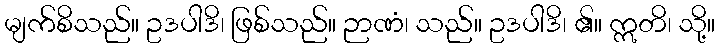
မျက်စိသည်။ ဥဒပါဒိ၊ ဖြစ်သည်။ ဉာဏံ၊ သည်။ ဥဒပါဒိ၊ ၏။ ဣတိ၊ သို့။